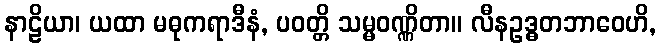
နာဠိယာ၊ ယထာ မဓုကရာဒီနံ, ပဝတ္တိ သမ္မဝဏ္ဏိတာ။ လီနဥဒ္ဓတဘာဝေဟိ,